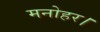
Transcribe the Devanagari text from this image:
मनोहर।